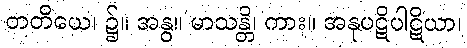
တတိယေ၊ ၌။ အနွ။ မာသန္တိ၊ ကား။ အနုပဋိပါဋိယာ၊